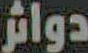
دوائر